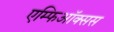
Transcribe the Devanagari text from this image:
एम्फिऑक्सस